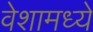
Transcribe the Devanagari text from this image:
वेशामध्ये